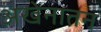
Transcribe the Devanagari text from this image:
अखेनातन